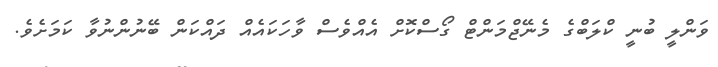
ވަންލީ ބުނީ ކްލަބްގެ މެނޭޖްމަންޓް ގޯސްކޮށް އެއްވެސް ވާހަކައެއް ދައްކަން ބޭނުންނުވާ ކަމަށެވެ.